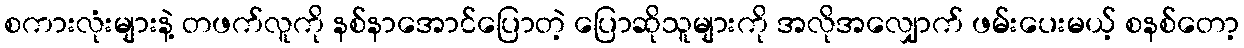
စကားလုံးများနဲ့ တဖက်လူကို နစ်နာအောင်ပြောတဲ့ ပြောဆိုသူများကို အလိုအလျှောက် ဖမ်းပေးမယ့် စနစ်တော့